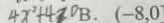
4 x ^ { 2 } + 4 > 0 B . ( - 8 , 0